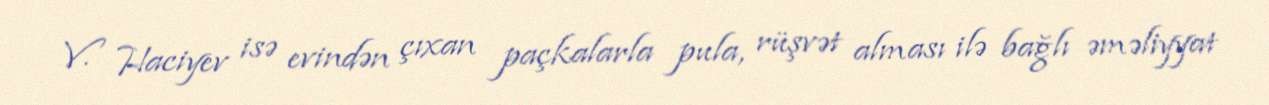
V. Haciyev isə evindən çıxan paçkalarla pula, rüşvət alması ilə bağlı əməliyyat